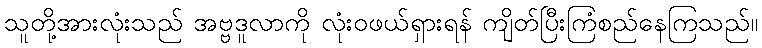
သူတို့အားလုံးသည် အဗ္ဗဒူလာကို လုံးဝဖယ်ရှားရန် ကျိတ်ပြီးကြံစည်နေကြသည်။